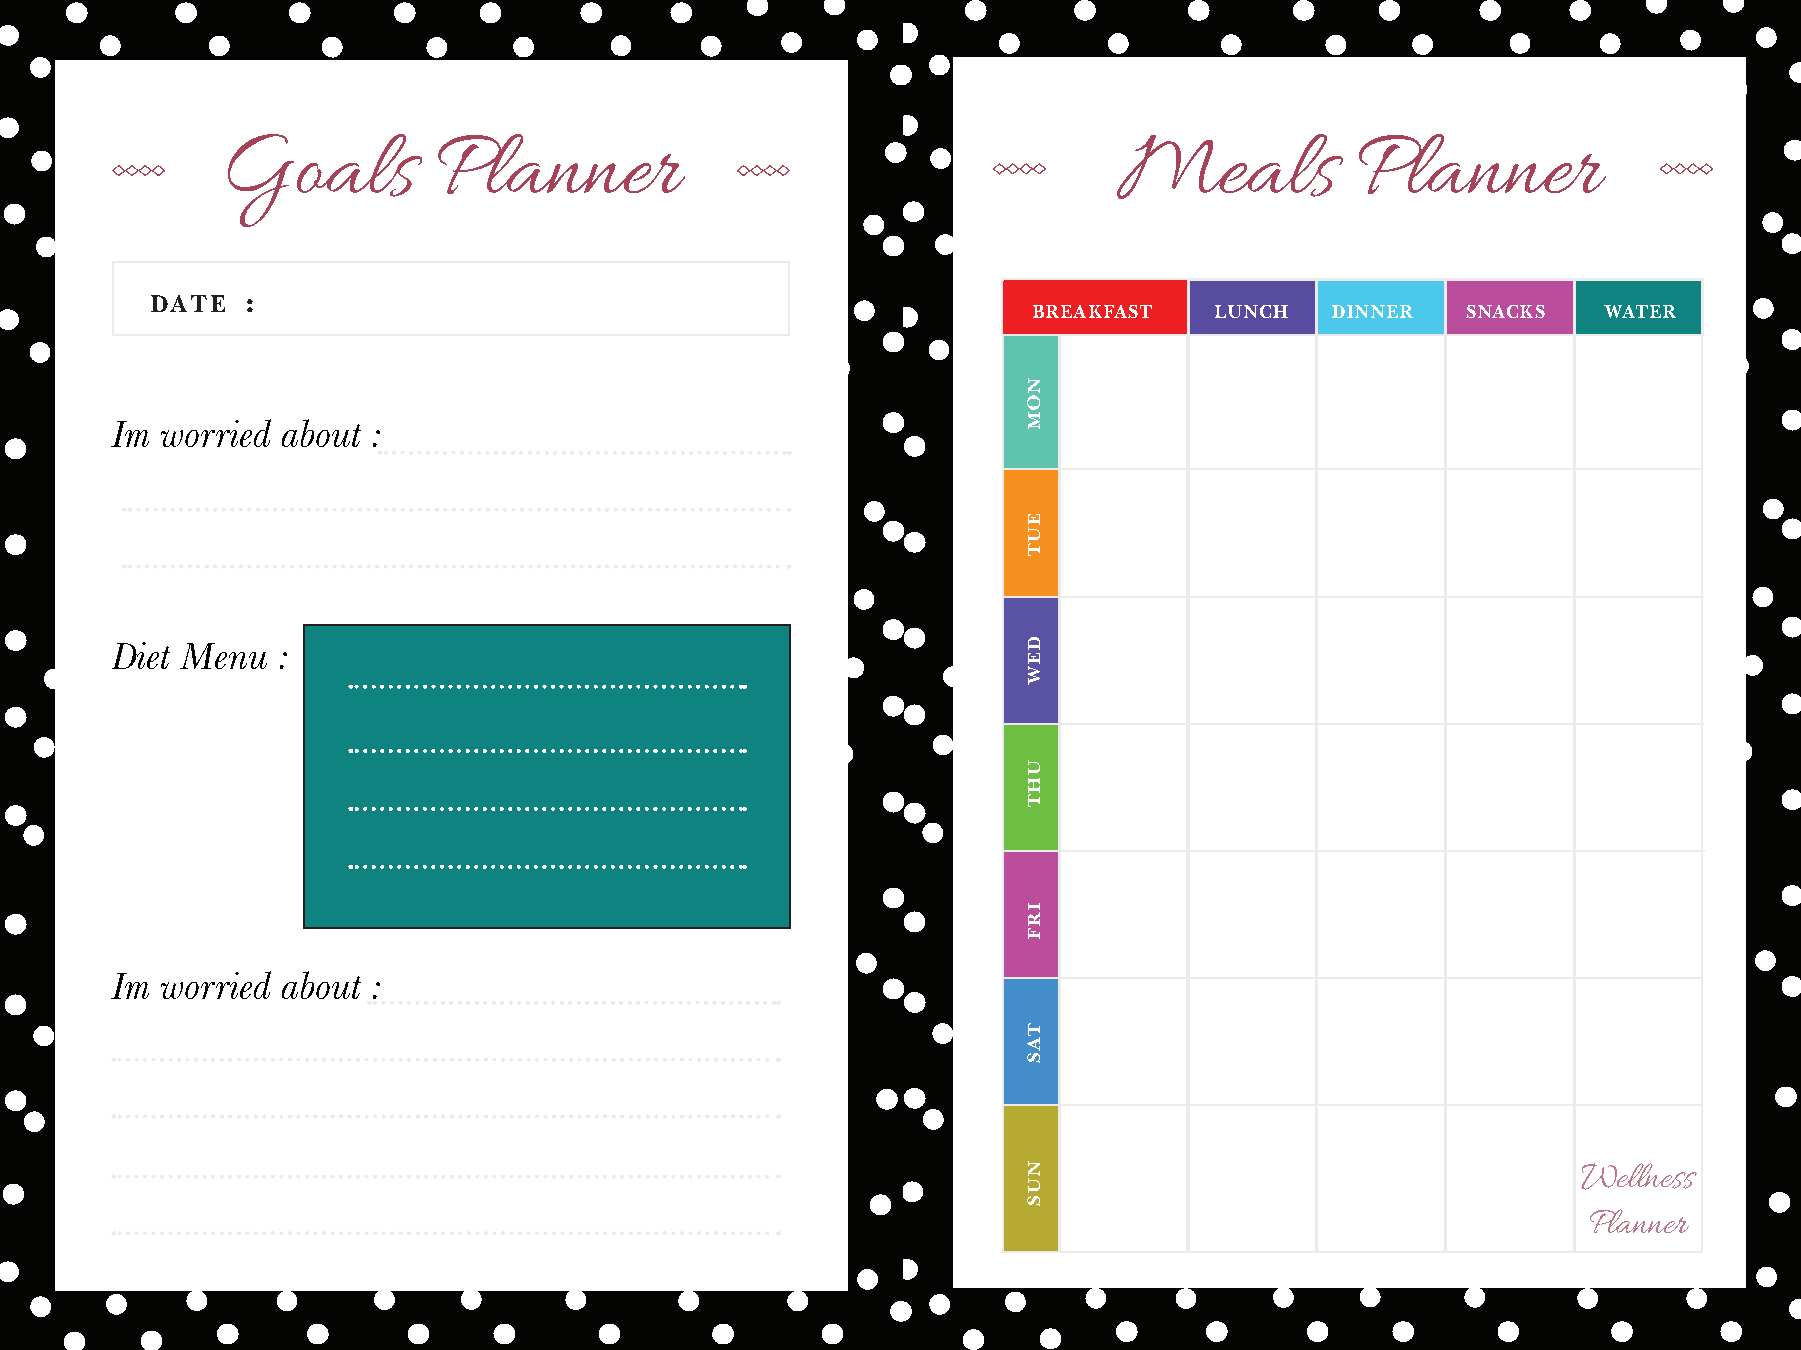
Goals         Planner                                      Meals           Planner
 DATE  :
 BREAKFAST   LUNCH   DINNER   SNACKS   WATER
 Im  worried about :
 Diet Menu  :
 Im  worried about :
 Wellness
 Planner
 NOM
 EUT
 DEW
 UHT
 IRF
 TAS
 NUS